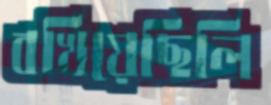
বখিয়েছিলি